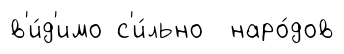
в'и́д'имо с'и́льно наро́дов